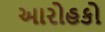
આરોહકો